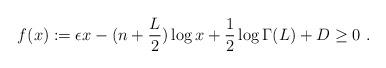
LaTeX: \begin{align*} f(x):=\epsilon x -(n+\frac L2)\log x+\frac 12\log \Gamma(L)+ D\geq 0 \ .\end{align*}